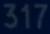
317